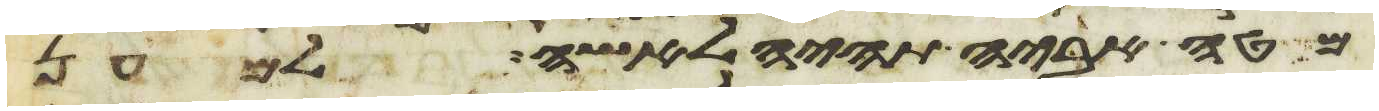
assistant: מטה אביה תהיה לאשה למען